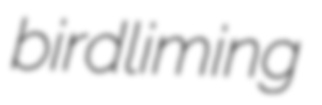
birdliming